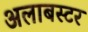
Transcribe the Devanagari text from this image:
अलाबस्टर